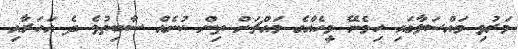
މަރުވި މައްސަލާގައި ހިމެނޭ މީހެއްގެ މައްޗަށް ތިން ކުށެއް ސާބިތުވެ ދެ އަހަރާއި